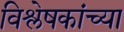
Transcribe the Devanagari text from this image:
विश्लेषकांच्या